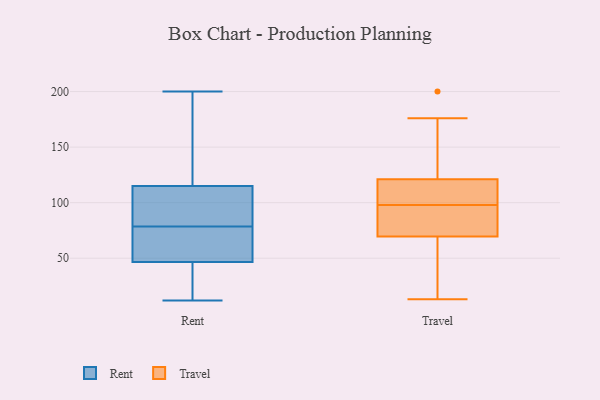
{"axis": {"x": "Active Users", "y": "Value"}, "legend": ["Rent", "Travel"], "data": [{"x": "", "y": 95, "type": "Rent"}, {"x": "", "y": 12, "type": "Rent"}, {"x": "", "y": 69, "type": "Rent"}, {"x": "", "y": 93, "type": "Rent"}, {"x": "", "y": 200, "type": "Rent"}, {"x": "", "y": 52, "type": "Rent"}, {"x": "", "y": 78, "type": "Rent"}, {"x": "", "y": 112, "type": "Rent"}, {"x": "", "y": 70, "type": "Rent"}, {"x": "", "y": 73, "type": "Rent"}, {"x": "", "y": 41, "type": "Rent"}, {"x": "", "y": 13, "type": "Rent"}, {"x": "", "y": 144, "type": "Rent"}, {"x": "", "y": 118, "type": "Rent"}, {"x": "", "y": 23, "type": "Rent"}, {"x": "", "y": 15, "type": "Rent"}, {"x": "", "y": 79, "type": "Rent"}, {"x": "", "y": 155, "type": "Rent"}, {"x": "", "y": 92, "type": "Rent"}, {"x": "", "y": 168, "type": "Rent"}, {"x": "", "y": 39, "type": "Travel"}, {"x": "", "y": 51, "type": "Travel"}, {"x": "", "y": 87, "type": "Travel"}, {"x": "", "y": 150, "type": "Travel"}, {"x": "", "y": 125, "type": "Travel"}, {"x": "", "y": 109, "type": "Travel"}, {"x": "", "y": 168, "type": "Travel"}, {"x": "", "y": 176, "type": "Travel"}, {"x": "", "y": 95, "type": "Travel"}, {"x": "", "y": 103, "type": "Travel"}, {"x": "", "y": 83, "type": "Travel"}, {"x": "", "y": 13, "type": "Travel"}, {"x": "", "y": 101, "type": "Travel"}, {"x": "", "y": 200, "type": "Travel"}, {"x": "", "y": 117, "type": "Travel"}, {"x": "", "y": 117, "type": "Travel"}, {"x": "", "y": 16, "type": "Travel"}, {"x": "", "y": 66, "type": "Travel"}, {"x": "", "y": 73, "type": "Travel"}, {"x": "", "y": 94, "type": "Travel"}]}